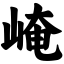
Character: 崦